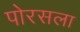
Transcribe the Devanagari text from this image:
पोरसला